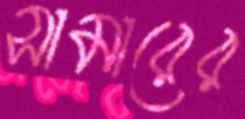
সামারের